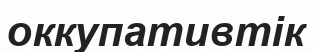
оккупативтік